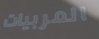
المربيات